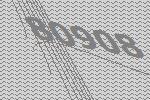
80908